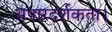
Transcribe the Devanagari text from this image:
अपारदर्शकता।